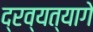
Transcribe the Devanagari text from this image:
द्रव्यत्यागे